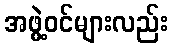
အဖွဲ့ဝင်များလည်း